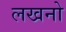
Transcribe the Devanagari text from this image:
लखनो